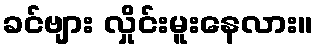
ခင်ဗျား လှိုင်းမူးနေလား။